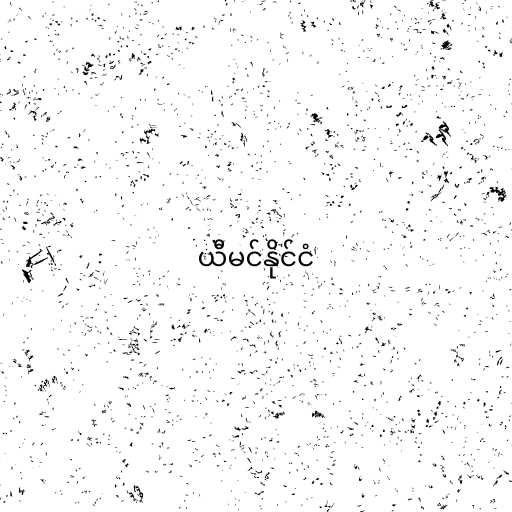
ယီမင်နိုင်ငံ